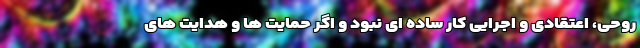
روحی، اعتقادی و اجرایی کار ساده ای نبود و اگر حمایت ها و هدایت های